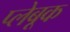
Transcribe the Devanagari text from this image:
प्लेबूक